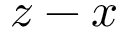
z - x